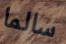
سالما